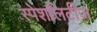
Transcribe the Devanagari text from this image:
स्पेशलिटीज़